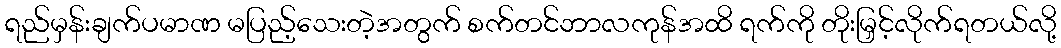
ရည်မှန်းချက်ပမာဏ မပြည့်သေးတဲ့အတွက် စက်တင်ဘာလကုန်အထိ ရက်ကို တိုးမြှင့်လိုက်ရတယ်လို့